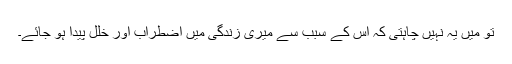
تو میں یہ نہیں چاہتی کہ اس کے سبب سے میری زندگی میں اضطراب اور خلل پیدا ہو جائے۔